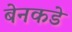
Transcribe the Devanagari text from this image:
बेनकडे